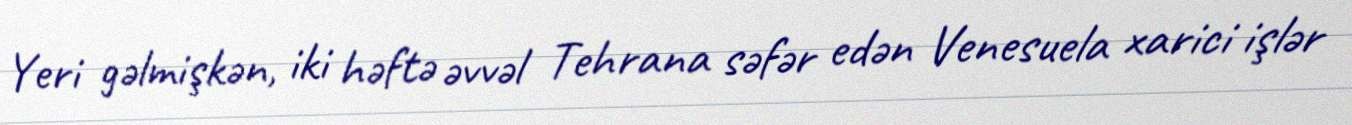
Yeri gəlmişkən, iki həftə əvvəl Tehrana səfər edən Venesuela xarici işlər